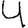
Digit: 4